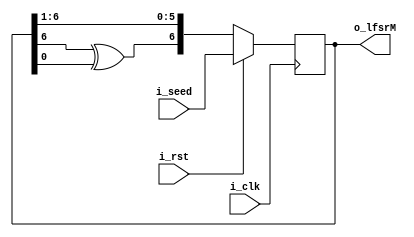
module lfsrm (
    input i_clk,
    input i_rst,
    input [6:0] i_seed,
    output [6:0] o_lfsrM
);
    wire msb_lfsrM;
    reg [6:0] temp;

    always @(posedge i_clk) begin
        if (i_rst) begin
            temp <= i_seed;
        end else begin
            temp <= {msb_lfsrM, temp[6:1]};
        end
        
    end
    assign o_lfsrM = temp;
    assign msb_lfsrM = temp[6] ^ temp[0];
endmodule